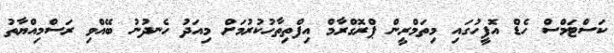
ކަސްޓަމްސް ހެޑް އޮފީހުގައި މިތަމްރީން ޕްރޮގްރާމް އިފްތިތާހުކުރުމަށް މިއަދު ހެނދުނު ބޭއްވި ރަސްމިއްޔާތު